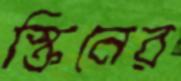
স্ক্রিনের